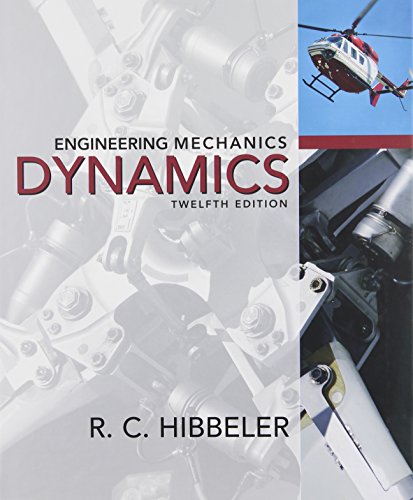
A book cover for Engineering Mechanics: Dynamics &Dynamics Study Pack Package (12th Edition); Russell C. Hibbeler; Science & Math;